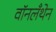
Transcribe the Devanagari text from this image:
वॉनलँथेन